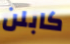
كابلن